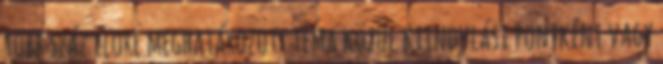
több száz elore meghatározott téma közül kiindulási pontként vagy